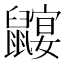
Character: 𲎠